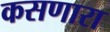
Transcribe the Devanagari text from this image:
कसणारा